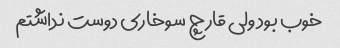
خوب بود ولی قارچ سوخاری دوست نداشتم